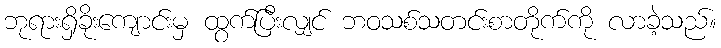
ဘုရားရှိခိုးကျောင်းမှ ထွက်ပြီးလျှင် ဘဝသစ်သတင်းစာတိုက်ကို လာခဲ့သည်။